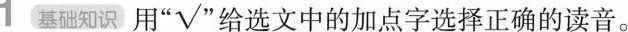
1基础知识 用“√”给选文中的加点字选择正确的读音。